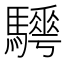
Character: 𩦰